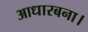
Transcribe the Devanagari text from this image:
आधारबना।